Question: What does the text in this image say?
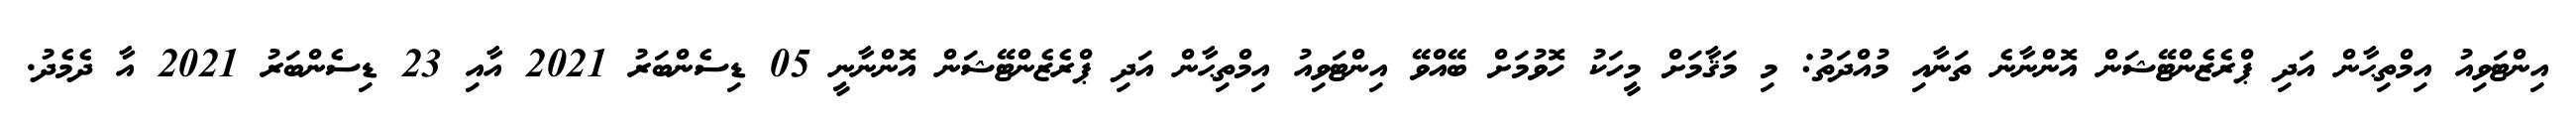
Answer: އިންޓަވިއު އިމްތިޙާން އަދި ޕްރެޒެންޓޭޝަން އޮންނާނެ ތަނާއި މުއްދަތު: މި މަޤާމަށް މީހަކު ހޮވުމަށް ބޭއްވޭ އިންޓަވިއު އިމްތިޙާން އަދި ޕްރެޒެންޓޭޝަން އޮންނާނީ 05 ޑިސެންބަރު 2021 އާއި 23 ޑިސެންބަރު 2021 އާ ދެމެދު.